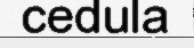
cedula